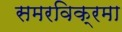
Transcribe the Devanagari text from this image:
समरविक्रमा